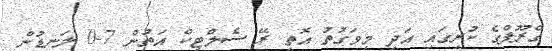
ގްރޫޕްގެ ކުރީގައި އަދި މިވަގުތު އޮތީ ރޭ ސެލްޓިކް އަތުން 7-0 ލަނޑުން